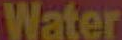
Water